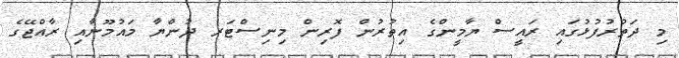
މި ދަތުރުފުޅުގައި ރައީސް ޔާމީންގެ އިތުރުން ފޮރިން މިނިސްޓަރ ދުންޔާ މައުމޫނާއި ރާއްޖޭގެ